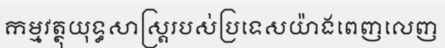
កម្មវត្ថុយុទ្ធសាស្ត្ររបស់ប្រទេសយ៉ាងពេញលេញ